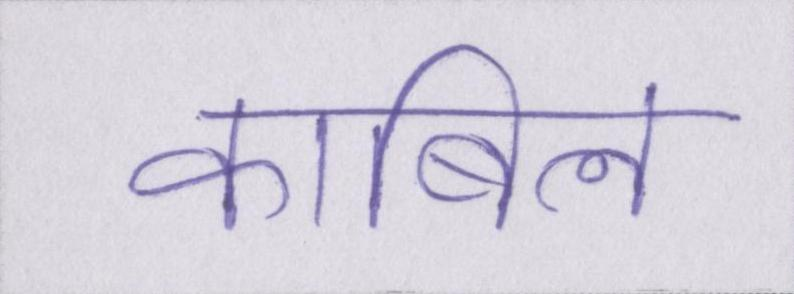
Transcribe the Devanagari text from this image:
काबिल